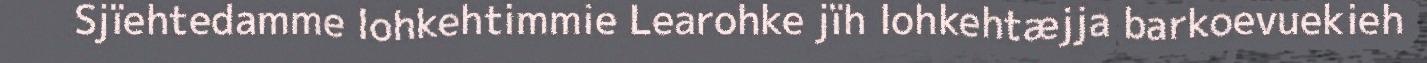
Sjïehtedamme lohkehtimmie Learohke jïh lohkehtæjja barkoevuekieh